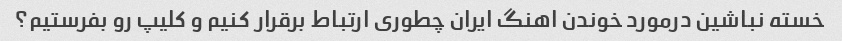
خسته نباشین درمورد خوندن اهنگ ایران چطوری ارتباط برقرار کنیم و کلیپ رو بفرستیم؟